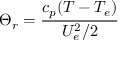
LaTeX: \Theta _ { r } = { \frac { c _ { p } ( T - T _ { e } ) } { U _ { e } ^ { 2 } / 2 } }